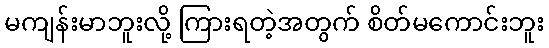
မကျန်းမာဘူးလို့ ကြားရတဲ့အတွက် စိတ်မကောင်းဘူး